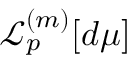
\mathcal { L } _ { p } ^ { ( m ) } [ d \mu ]